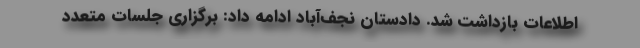
اطلاعات بازداشت شد. دادستان نجف‌آباد ادامه داد: برگزاری جلسات متعدد